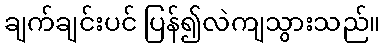
ချက်ချင်းပင် ပြန်၍လဲကျသွားသည်။